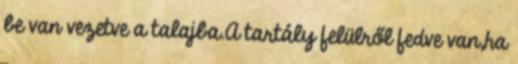
be van vezetve a talajba.A tartály felülről fedve van,ha